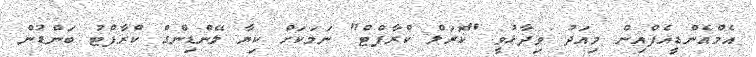
އެމްއެންޑީއެފްއިން މިއަދު ވިދާޅުވީ "ކޮރަލް ކްރާފްޓް" ނަމަކަށް ކިޔާ ލޭންޑިންގް ކްރާފްޓު ބަންޑުން